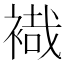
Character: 𧛷